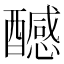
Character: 𨣝